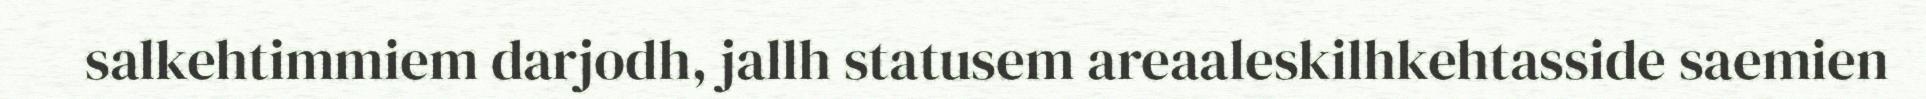
salkehtimmiem darjodh, jallh statusem areaaleskilhkehtasside saemien